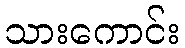
သားကောင်း